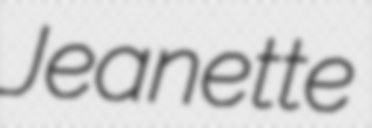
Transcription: Jeanette